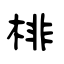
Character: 棑